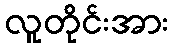
လူတိုင်းအား